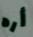
أره